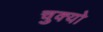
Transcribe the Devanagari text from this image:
चुक्यो